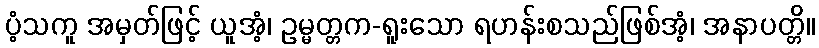
ပံ့သကူ အမှတ်ဖြင့် ယူအံ့၊ ဥမ္မတ္တက-ရူးသော ရဟန်းစသည်ဖြစ်အံ့၊ အနာပတ္တိ။